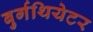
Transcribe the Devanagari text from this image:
बुर्गथियेटर